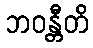
ဘဝန္တီတိ